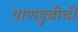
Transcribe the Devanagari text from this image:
पाणडुबीची